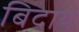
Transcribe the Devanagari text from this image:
बिदाय